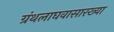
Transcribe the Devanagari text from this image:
ग्रंथलाघवासारख्या